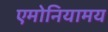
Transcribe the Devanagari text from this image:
एमोनियामय